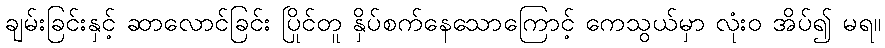
ချမ်းခြင်းနှင့် ဆာလောင်ခြင်း ပြိုင်တူ နှိပ်စက်နေသောကြောင့် ကေသွယ်မှာ လုံးဝ အိပ်၍ မရ။